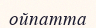
ойпатта